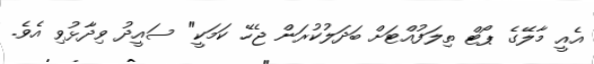
އެއީ މާލޭގެ ޕޯޓް ތިލަފުއްޓަށް ބަދަލުކުރަން ޖެހޭ ކަމަކީ" ސައީދު ވިދާޅުވި އެވެ.